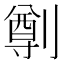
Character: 𠟃